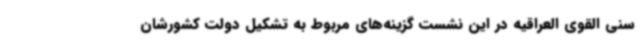
سنی القوی العراقیه در این نشست گزینه‌های مربوط به تشکیل دولت کشورشان